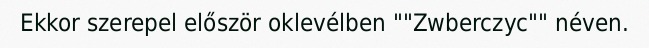
Ekkor szerepel először oklevélben ""Zwberczyc"" néven.